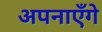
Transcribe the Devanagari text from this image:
अपनाएँगे